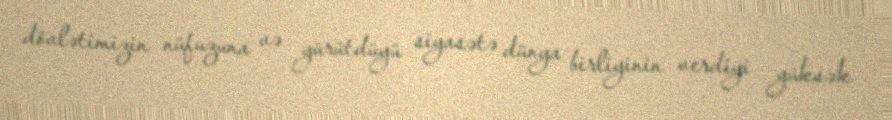
dövlətimizin nüfuzuna və yürütdüyü siyasətə dünya birliyinin verdiyi yüksək